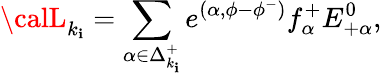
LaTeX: {\calL}_{k_{\mathbf{i}}}=\sum_{\alpha\in\Delta_{k_{\mathbf{i}}}^{+}}e^{(\alpha,\phi-\phi^{-})}f_{\alpha}^{+}E_{+\alpha}^{0},